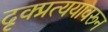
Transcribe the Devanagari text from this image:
दृक्प्रत्ययावरून